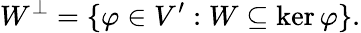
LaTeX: W^{\perp}=\{ \varphi\in V^{\prime}:W\subseteq\ker\varphi\} .